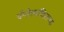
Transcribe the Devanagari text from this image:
चॅन्सेलरव्हिलच्या